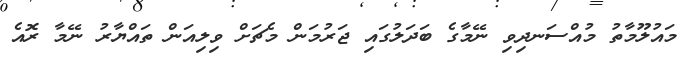
މައުލޫމާތު މުއްސަނދިވި ނޭމާގެ ބަދަލުގައި ޖަރުމަން މެޗަށް ވިލިއަން ތައްޔާރު ނޭމާ ރޮއެ